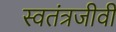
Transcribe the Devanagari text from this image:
स्वतंत्रजीवी